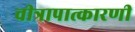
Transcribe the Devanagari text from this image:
चीत्रापात्कारणी